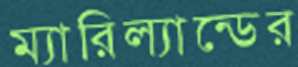
ম্যারিল্যান্ডের